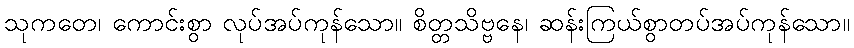
သုကတေ၊ ကောင်းစွာ လုပ်အပ်ကုန်သော။ စိတ္တသိဗ္ဗနေ၊ ဆန်းကြယ်စွာတပ်အပ်ကုန်သော။